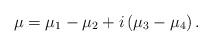
LaTeX: \begin{align*}\mu=\mu_{1}-\mu_{2}+i\left(\mu_{3}-\mu_{4}\right).\end{align*}